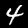
Label: 4